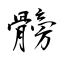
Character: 髈